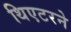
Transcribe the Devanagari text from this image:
थिएटरने